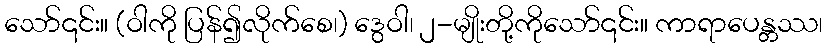
သော်၎င်း။ (ဝါကို ပြန်၍လိုက်စေ၊) ဒွေဝါ၊ ၂-မျိုးတို့ကိုသော်၎င်း။ ကာရာပေန္တဿ၊